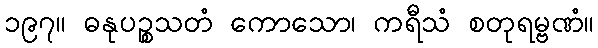
၁၉၇။ ဓနုပဉ္စသတံ ကောသော၊ ကရီသံ စတုရမ္ဗဏံ။